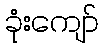
ခုံးကျော်